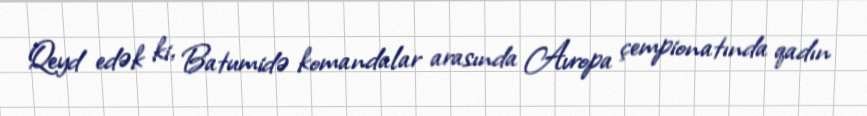
Qeyd edək ki, Batumidə komandalar arasında Avropa çempionatında qadın